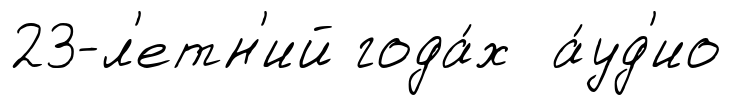
23-л'етн'ий года́х а́уд'ио